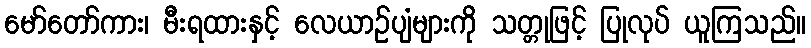
မော်တော်ကား၊ မီးရထားနှင့် လေယာဉ်ပျံများကို သတ္တုဖြင့် ပြုလုပ် ယူကြသည်။